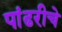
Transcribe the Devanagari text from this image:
पांढरीचे